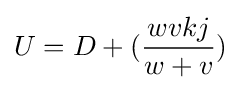
U=D+({\frac {wvkj}{w+v}})